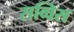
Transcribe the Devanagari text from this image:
सव्विस